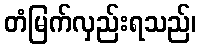
တံမြက်လှည်းရသည်၊